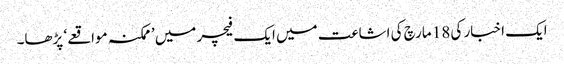
ایک اخبار کی 18 مارچ کی اشاعت میں ایک فیچر میں ’ممکنہ مواقعے‘ پڑھا۔